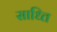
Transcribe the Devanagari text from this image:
साध्ति